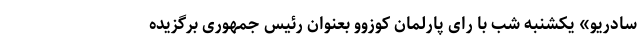
سادریو» یکشنبه شب با رای پارلمان کوزوو بعنوان رئیس جمهوری برگزیده